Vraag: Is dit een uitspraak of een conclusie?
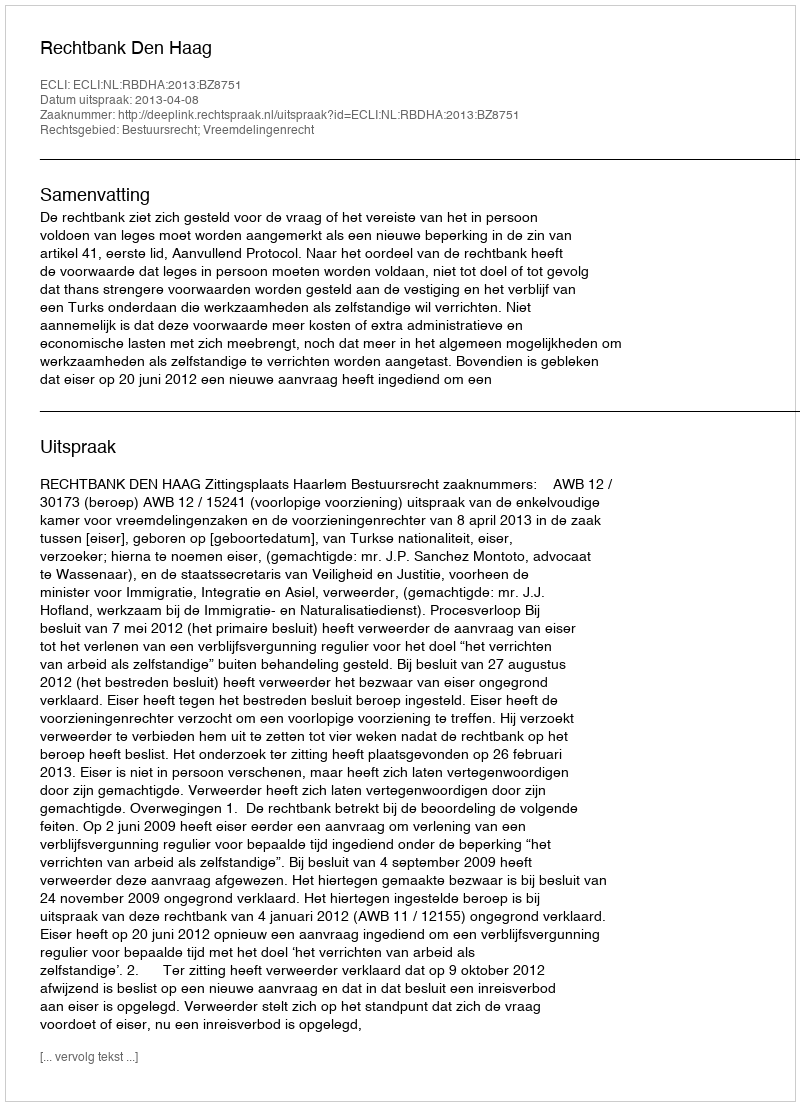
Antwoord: Uitspraak